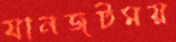
যানজটময়